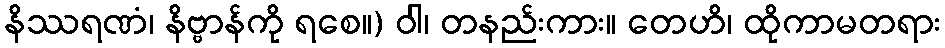
နိဿရဏံ၊ နိဗ္ဗာန်ကို ရစေ။) ဝါ၊ တနည်းကား။ တေဟိ၊ ထိုကာမတရား